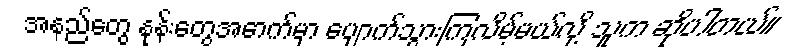
အနည်တွေ နုန်းတွေအောက်မှာ ပျောက်သွားကြလိမ့်မယ်လို့ သူက ဆိုပါတယ်။